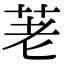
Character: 荖